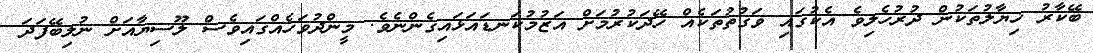
ބޭކާރު ޚިޔާލުތަކުން ދުރުހެލިވެ އެކުގައި ވަގުތުތަކެއް ހޭދަކުރުމަށް އަޒުމުކަނޑައަޅައިގެންނެވެ. މީންދުވަހެއްގައިވެސް ލޫސިޔާއަށް ނުލިބޭފަދަ